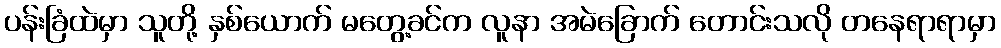
ပန်းခြံထဲမှာ သူတို့ နှစ်ယောက် မတွေ့ခင်က လူနာ အမဲခြောက် တောင်းသလို တနေရာရာမှာ